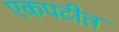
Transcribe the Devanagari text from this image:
एकपटीत